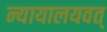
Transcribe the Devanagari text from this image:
न्यायालयवत्